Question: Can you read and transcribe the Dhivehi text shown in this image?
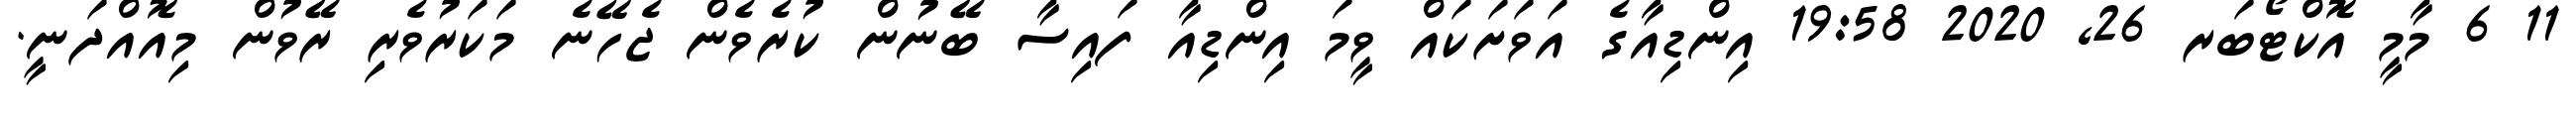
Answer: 11 6 މާމީ އޮކްޓޯބަރ 26, 2020 19:58 އިންޑިއާގެ އަވަށަކައް ވީމަ އިންޑިއާ ފައިސާ ބޭނުން ކުރެވެން ޖެހޭނެ މަކަރުވެރި ރޭވުން މިއޮއްދަނީ.